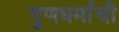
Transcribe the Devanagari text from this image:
गुणधर्माची